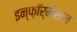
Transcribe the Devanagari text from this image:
इन्फ़ॉर्मेशन